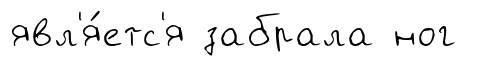
явл'я́етс'я забрала ног